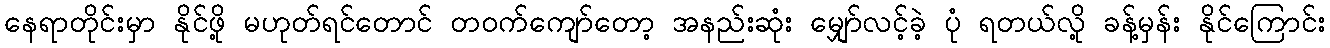
နေရာတိုင်းမှာ နိုင်ဖို့ မဟုတ်ရင်တောင် တဝက်ကျော်တော့ အနည်းဆုံး မျှော်လင့်ခဲ့ ပုံ ရတယ်လို့ ခန့်မှန်း နိုင်ကြောင်း